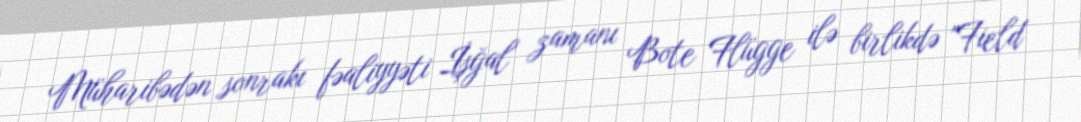
Müharibədən sonrakı fəaliyyəti İşğal zamanı Bote Flügge ilə birlikdə "Field